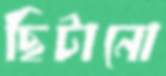
ছিটানো